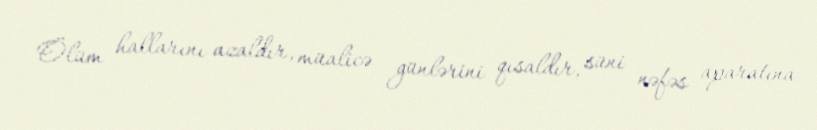
Ölüm hallarını azaldır, müalicə günlərini qısaldır, süni nəfəs aparatına